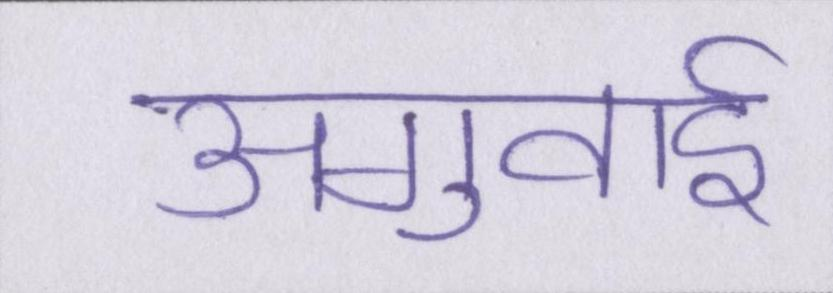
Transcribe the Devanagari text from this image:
अगुवाई